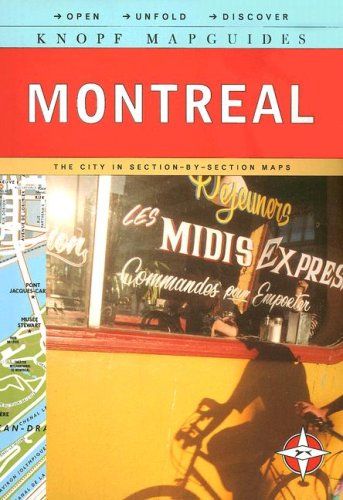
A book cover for Knopf MapGuide: Montreal (Knopf Mapguides); Knopf Guides; Travel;